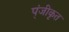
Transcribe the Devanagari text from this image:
प्ंजीकृत